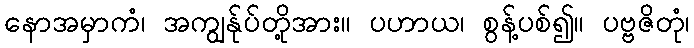
နောအမှာကံ၊ အကျွန်ုပ်တို့အား။ ပဟာယ၊ စွန့်ပစ်၍။ ပဗ္ဗဇိတုံ၊